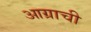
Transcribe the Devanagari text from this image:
आग्राची